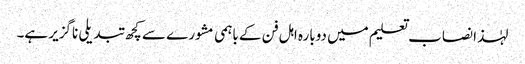
لہٰذا نصاب تعلیم میں دوبارہ اہل فن کے باہمی مشورے سے کچھ تبدیلی ناگزیر ہے۔